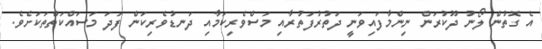
އެ ގޮތުން ލޯނު ދޫކުރަން ނިންމާފައިވަނީ ދަތުރުފަތުރާއި މަސްވެރިކަމާއި ދަނޑުވެރިކަން ފަދަ މަސައްކަތްތަކަށެވެ.